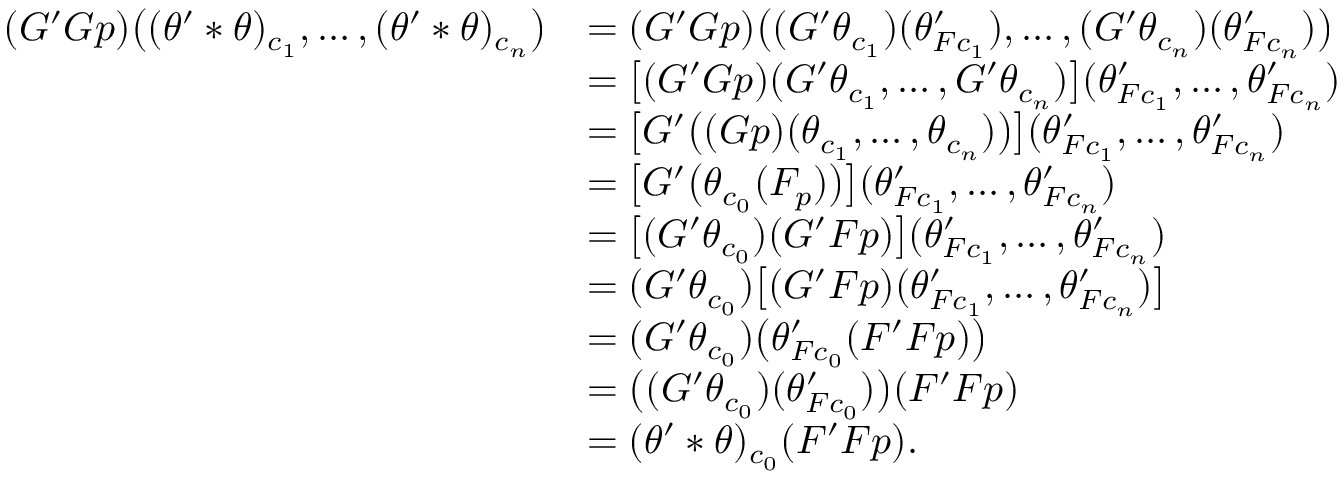
\begin{array} { r l } { ( G ^ { \prime } G p ) \bigl ( ( \theta ^ { \prime } * \theta ) _ { c _ { 1 } } , \ldots , ( \theta ^ { \prime } * \theta ) _ { c _ { n } } \bigr ) } & { = ( G ^ { \prime } G p ) \bigl ( ( G ^ { \prime } \theta _ { c _ { 1 } } ) ( \theta _ { F c _ { 1 } } ^ { \prime } ) , \ldots , ( G ^ { \prime } \theta _ { c _ { n } } ) ( \theta _ { F c _ { n } } ^ { \prime } ) \bigr ) } \\ & { = \bigl [ ( G ^ { \prime } G p ) ( G ^ { \prime } \theta _ { c _ { 1 } } , \ldots , G ^ { \prime } \theta _ { c _ { n } } ) \bigr ] ( \theta _ { F c _ { 1 } } ^ { \prime } , \ldots , \theta _ { F c _ { n } } ^ { \prime } ) } \\ & { = \bigl [ G ^ { \prime } \bigl ( ( G p ) ( \theta _ { c _ { 1 } } , \ldots , \theta _ { c _ { n } } ) \bigr ) \bigr ] ( \theta _ { F c _ { 1 } } ^ { \prime } , \ldots , \theta _ { F c _ { n } } ^ { \prime } ) } \\ & { = \bigl [ G ^ { \prime } \bigl ( \theta _ { c _ { 0 } } ( F _ { p } ) \bigr ) \bigr ] ( \theta _ { F c _ { 1 } } ^ { \prime } , \ldots , \theta _ { F c _ { n } } ^ { \prime } ) } \\ & { = \bigl [ ( G ^ { \prime } \theta _ { c _ { 0 } } ) ( G ^ { \prime } F p ) \bigr ] ( \theta _ { F c _ { 1 } } ^ { \prime } , \ldots , \theta _ { F c _ { n } } ^ { \prime } ) } \\ & { = ( G ^ { \prime } \theta _ { c _ { 0 } } ) \bigl [ ( G ^ { \prime } F p ) ( \theta _ { F c _ { 1 } } ^ { \prime } , \ldots , \theta _ { F c _ { n } } ^ { \prime } ) \bigr ] } \\ & { = ( G ^ { \prime } \theta _ { c _ { 0 } } ) \bigl ( \theta _ { F c _ { 0 } } ^ { \prime } ( F ^ { \prime } F p ) \bigr ) } \\ & { = \bigl ( ( G ^ { \prime } \theta _ { c _ { 0 } } ) ( \theta _ { F c _ { 0 } } ^ { \prime } ) \bigr ) ( F ^ { \prime } F p ) } \\ & { = ( \theta ^ { \prime } * \theta ) _ { c _ { 0 } } ( F ^ { \prime } F p ) . } \end{array}